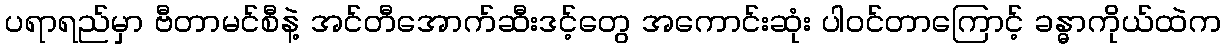
ပရာရည်မှာ ဗီတာမင်စီနဲ့ အင်တီအောက်ဆီးဒင့်တွေ အကောင်းဆုံး ပါဝင်တာကြောင့် ခန္ဓာကိုယ်ထဲက